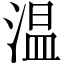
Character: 温